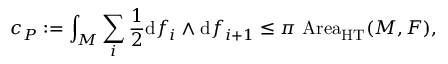
c _ { P } : = \int _ { M } \sum _ { i } { \frac { 1 } { 2 } } \mathrm { d } f _ { i } \wedge \mathrm { d } f _ { i + 1 } \leq \pi \, \operatorname { A r e a } _ { \mathrm { H T } } ( M , F ) ,